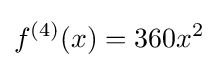
f^{(4)}(x)=360x^{2}